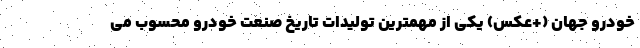
خودرو جهان (+عکس) یکی از مهمترین تولیدات تاریخ صنعت خودرو محسوب می